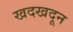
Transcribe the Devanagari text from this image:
खदखदून